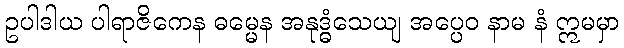
ဥပါဒါယ ပါရာဇိကေန ဓမ္မေန အနုဒ္ဓံသေယျ အပ္ပေဝ နာမ နံ ဣမမှာ